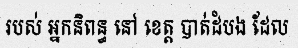
របស់ អ្នកនិពន្ធ នៅ ខេត្ត បាត់ដំបង ដែល